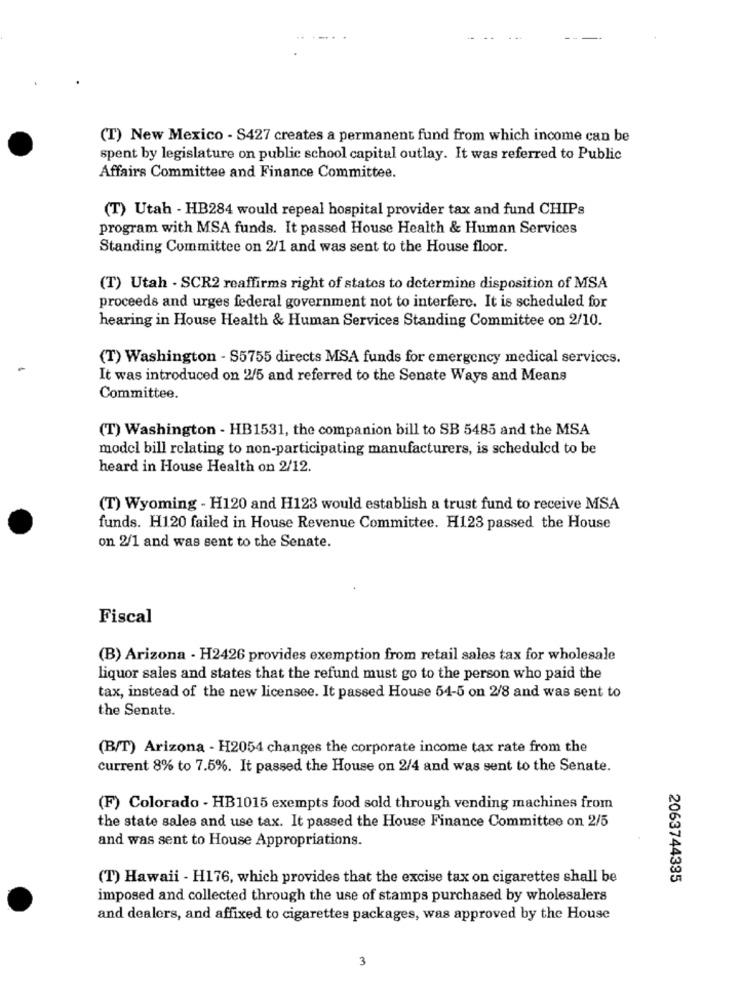
(T) New Mexico - S427 creates a permanent fund from which income can be
spent by legislature on public school capital outlay. It was referred to Public
Affairs Committee and Finance Committee.
(T) Utah - HB284 would repeal hospital provider tax and fund CHIPs
program with MSA funds. It passed House Health & Human Services
Standing Committee on 2/1 and was sent to the House floor.
(T) Utah - SCR2 reaffirms right of states to determine disposition of MSA
proceeds and urges federal government not to interfere. It is scheduled for
hearing in House Health & Human Services Standing Committee on 2/10.
(T) Washington - S5755 directs MSA funds for emergency medical services.
It was introduced on 2/5 and referred to the Senate Ways and Means
Committee.
(T) Washington - HB1531, the companion bill to SB 5485 and the MSA
model bill relating to non-participating manufacturers, is scheduled to be
heard in House Health on 2/12.
(T) Wyoming - H120 and H123 would establish a trust fund to receive MSA
funds. H120 failed in House Revenue Committee. H123 passed the House
on 2/1 and was sent to the Senate.
Fiscal
(B) Arizona - H2426 provides exemption from retail sales tax for wholesale
liquor sales and states that the refund must go to the person who paid the
tax, instead of the new licensee. It passed House 54-5 on 2/8 and was sent to
the Senate.
(B/T) Arizona - H2054 changes the corporate income tax rate from the
current 8% to 7.5%. It passed the House on 2/4 and was sent to the Senate.
(F) Colorado - HB1015 exempts food sold through vending machines from
the state sales and use tax. It passed the House Finance Committee on 2/5
and was sent to House Appropriations.
(T) Hawaii - H176, which provides that the excise tax on cigarettes shall be
2063744385
imposed and collected through the use of stamps purchased by wholesalers
and dealers, and affixed to cigarettes packages, was approved by the House
3